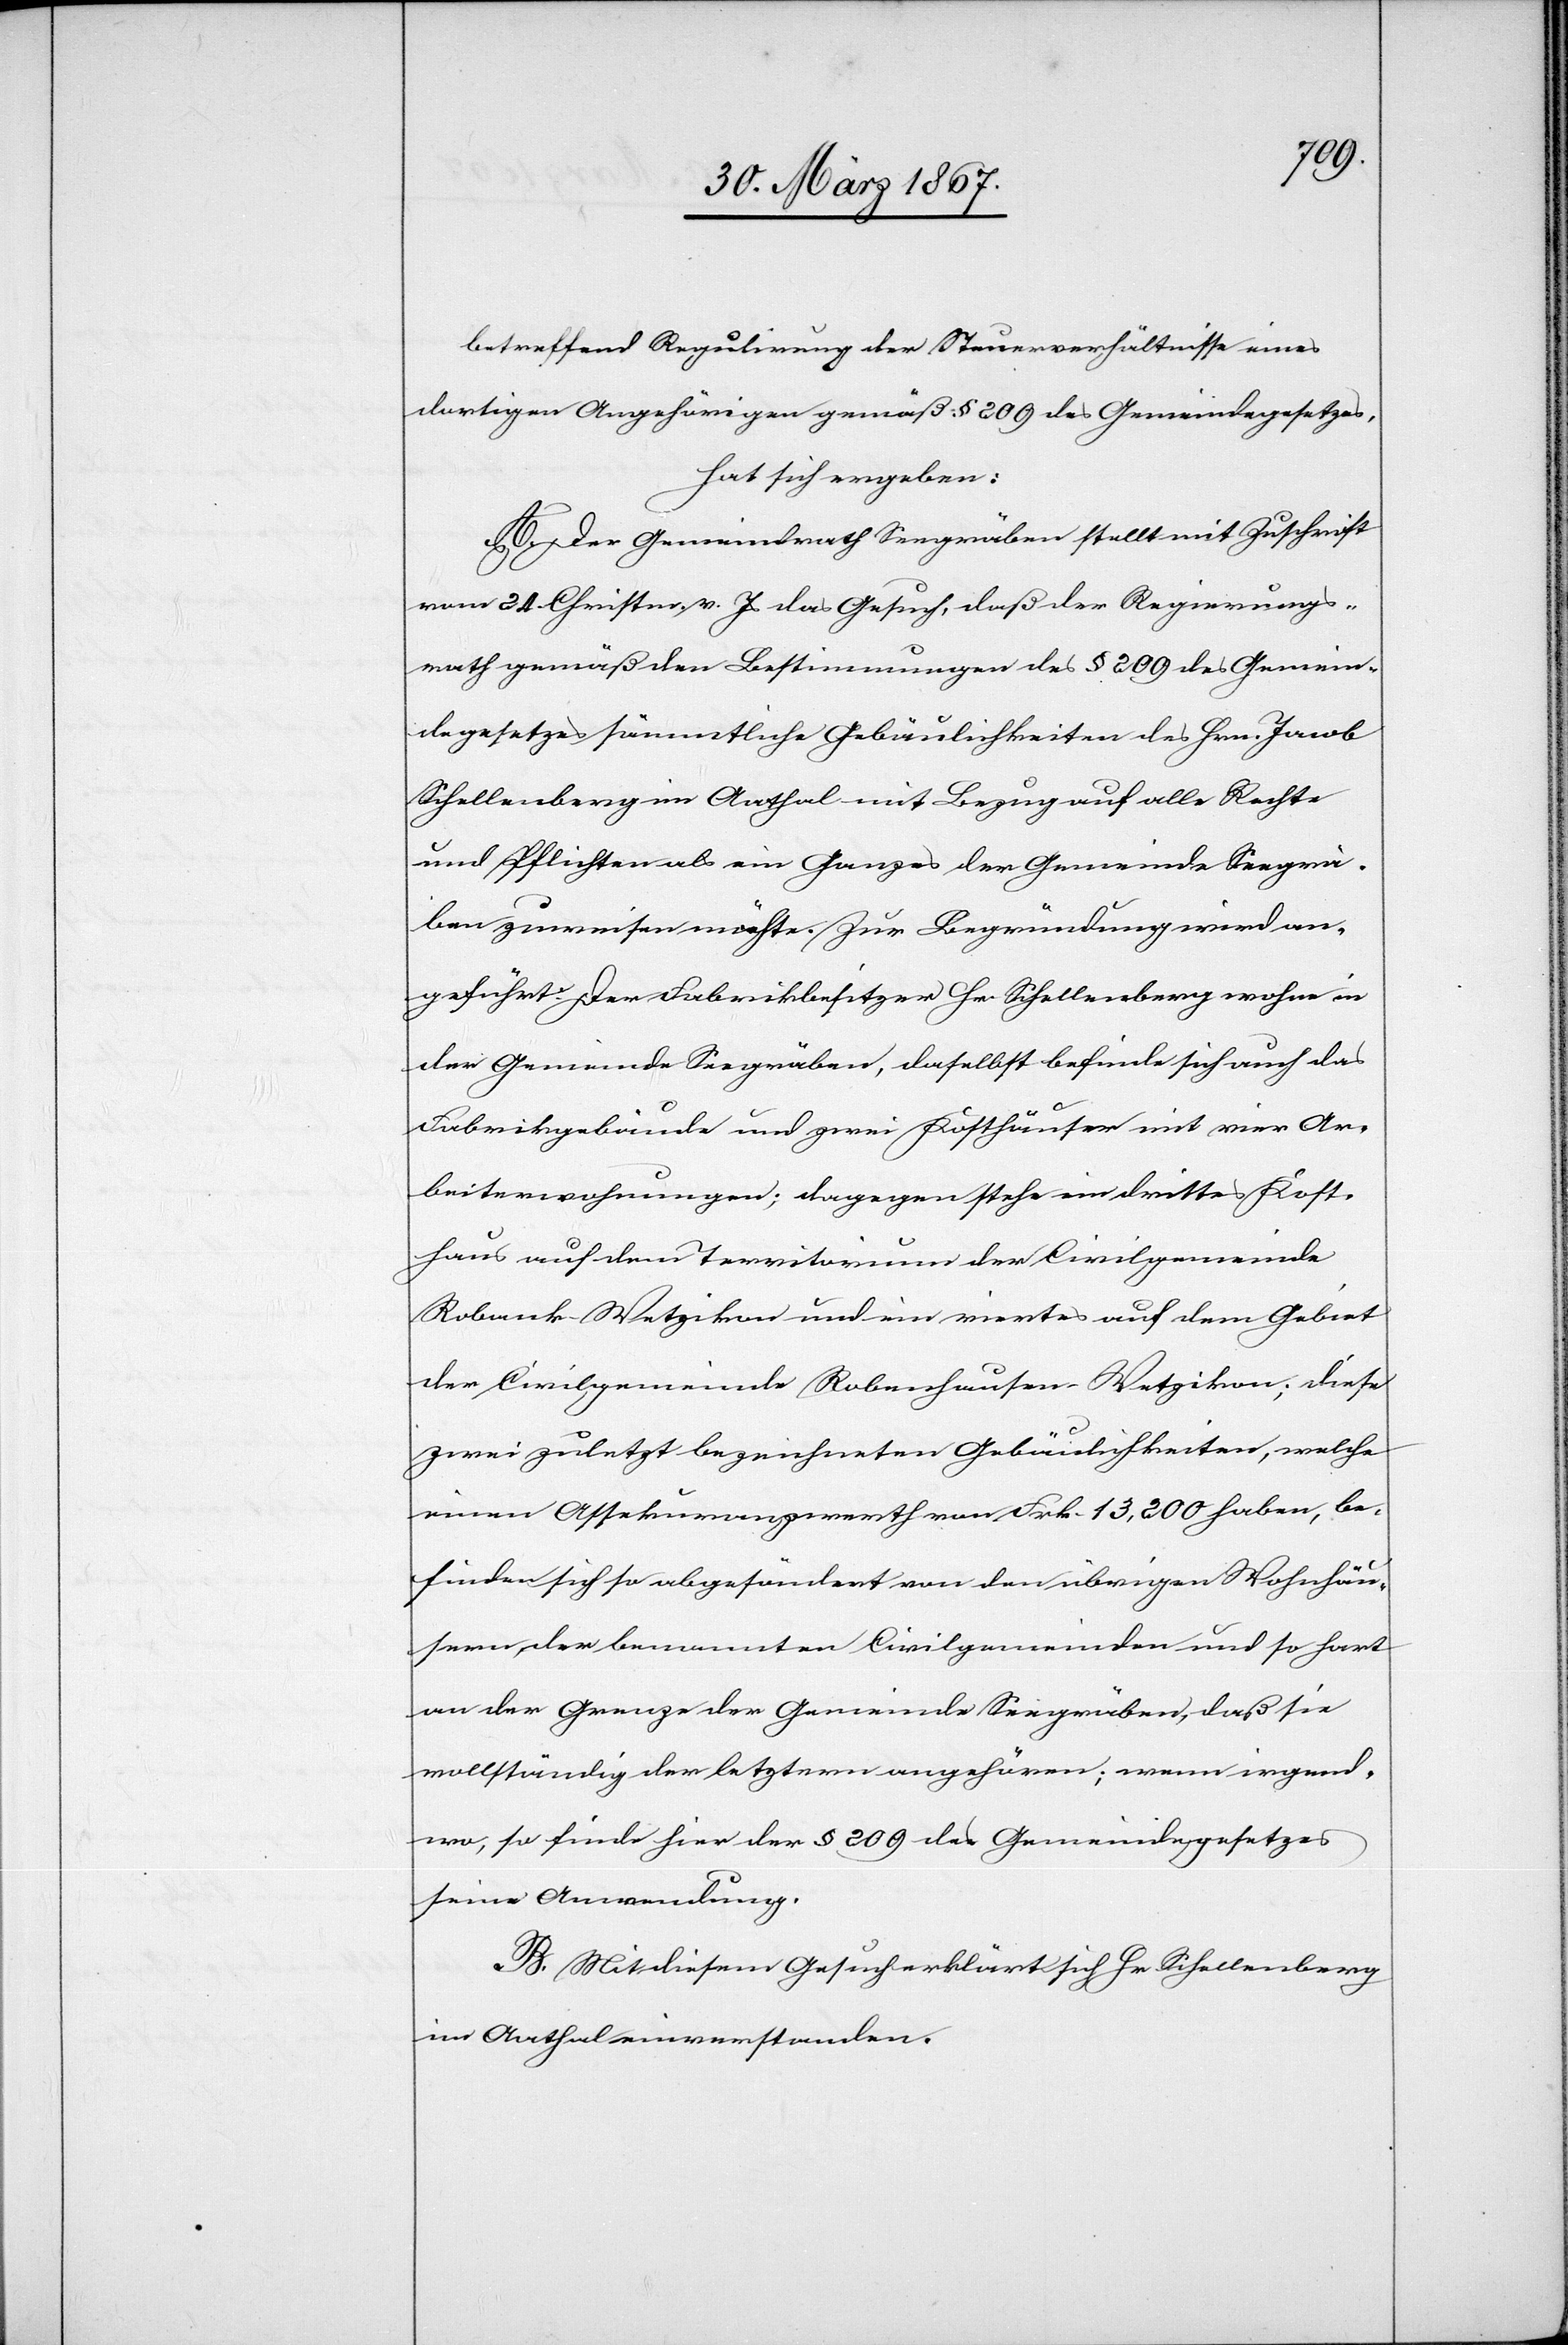
betreffend Regulirung der Steuerverhältnisse eines
dortigen Angehörigen gemäß § 209 des Gemeindegesetzes,
hat sich ergeben:
A. Der Gemeindrath Seegräben stellt mit Zuschrift
vom 24. Christm. v. Js das Gesuch, daß der Regierungs¬
rath gemäß den Bestimmungen des § 209 des Gemein¬
degesetzes sämmtliche Gebäulichkeiten des Hrn. Jacob
Schellenberg im Aathal mit Bezug auf alle Rechte
und Pflichten als ein Ganzes der Gemeinde Seegrä¬
ben zuweisen möchte. Zur Begründung wird an¬
geführt: Der Fabrikbesitzer Hr. Schellenberg wohne in
der Gemeinde Seegräben, daselbst befinde sich auch das
Fabrikgebäude und zwei Kosthäuser mit vier Ar¬
beiterwohnungen; dagegen stehe ein drittes Kost¬
haus auf dem Territorium der Civilgemeinde
Robank-Wetzikon und ein viertes auf dem Gebiet
der Civilgemeinde Robenhausen-Wetzikon; diese
zwei zuletzt bezeichneten Gebäulichkeiten, welche
einen Assekurranzwerth von Frk. 13,200 haben, be¬
finden sich so abgesöndert von den übrigen Wohnhäu¬
sern, der benannten Civilgemeinden und so hart
an der Grenze der Gemeinde Seegräben, daß sie
vollständig der letztern angehören; wenn irgend¬
wo, so finde hier der § 209 des Gemeindegesetzes
seine Anwendung.
B. Mit diesem Gesuch erklärt sich Hr. Schellenberg
im Aathal einverstanden.